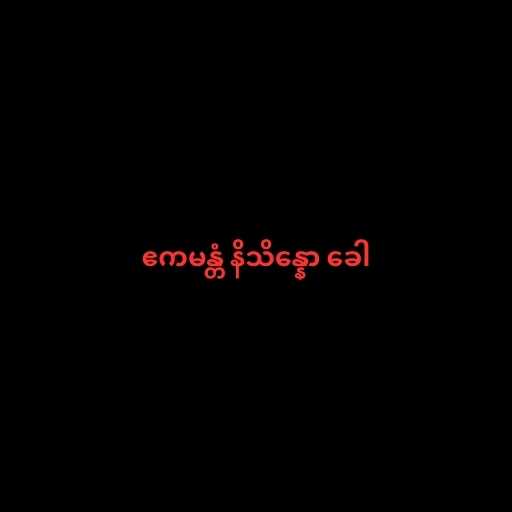
ဧကမန္တံ နိသိန္နော ခေါ